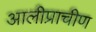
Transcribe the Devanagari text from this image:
आलीप्राचीण